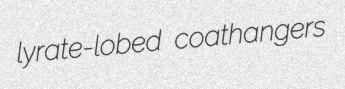
lyrate-lobed coathangers